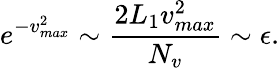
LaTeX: e^{-v_{max}^{2}}\sim\frac{2L_{1}v_{max}^{2}}{N_{v}}\sim\epsilon.